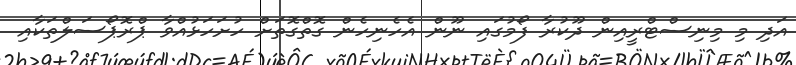
އަދި މި މިނިސްޓްރީއިން ދޫކުރާ ފޯމުގައި ނޫން އެހެނިހެން ގޮތްގޮތަށް ހުށަހަޅުއްވާ ޕްރޮޕޯސަލްތަކާއި